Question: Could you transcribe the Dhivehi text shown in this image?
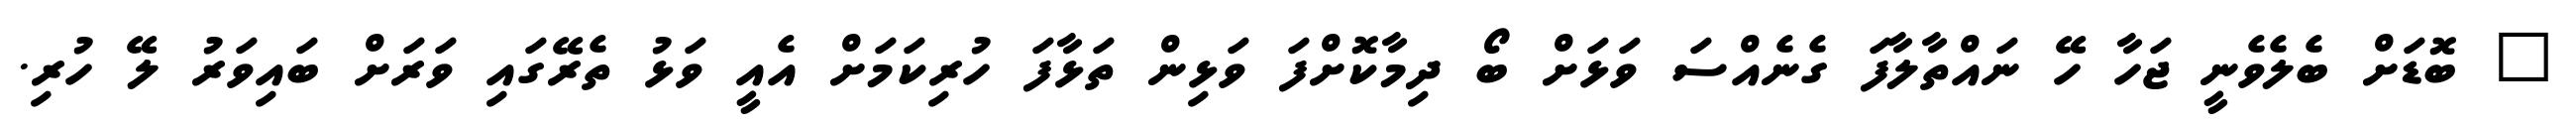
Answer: " ބޮޑަށް ބެލެވެނީ ޖަހާ ހޭ ނައްތާލާފަ ގެނެއްސަ ވަޅަށް ބޯ ދިމާކޮށްފަ ވަޅިން ތަޅާފަ ހުރިކަމަށް އެއީ ވަޅު ތެރޭގައި ވަރަށް ބައިވަރު ލޭ ހުރި.